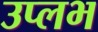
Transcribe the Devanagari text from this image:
उप्लभ